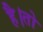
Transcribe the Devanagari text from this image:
है।तो